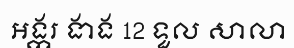
អង្ករ ងាង 12 ទួល សាលា